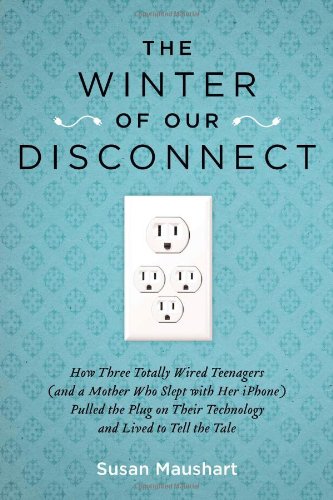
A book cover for The Winter of Our Disconnect: How Three Totally Wired Teenagers (and a Mother Who Slept with Her iPhone)Pulled  the Plug on Their Technology and Lived to Tell the Tale; Susan Maushart; Biographies & Memoirs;